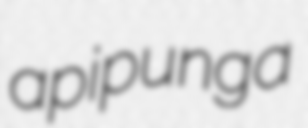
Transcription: apipunga